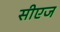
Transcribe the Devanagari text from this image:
सीएज